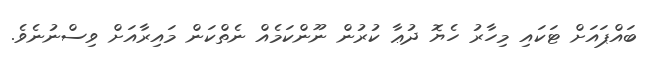
ބައްޕައަށް ޓަކައި މިހާރު ހެޔޮ ދުޢާ ކުރުން ނޫންކަމެއް ނެތްކަން މައިރާއަށް ވިސްނުނެވެ.